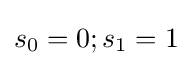
s_{0}=0;s_{1}=1